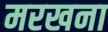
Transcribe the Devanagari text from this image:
मरखना